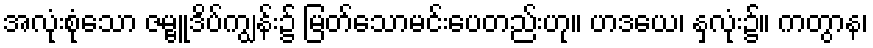
အလုံးစုံသော ဇမ္ဗူဒိပ်ကျွန်း၌ မြတ်သောမင်းပေတည်းဟု။ ဟဒယေ၊ နှလုံး၌။ ကတွာန၊